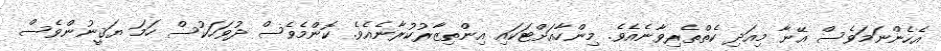
އެހެންނަމަވެސް އޭނާ މިއަދި ކެތްތެރިވާނެއެވެ. މިންހާއަށްޓަކައި އިންތިޒާރުކުރާނެއެވެ. ކޮންމެވެސް ދުވަހަކުސް ހަމަ ޔަޤީނުންވެސް